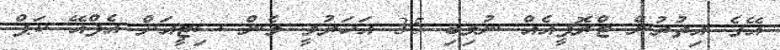
އޭގެ އިތުރުން ޓްރޮޕީއެއް ނުލިބި 35 އަހަރުވީ މެން ސިޓީއަށް އެފްއޭ ކަޕް